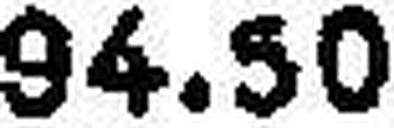
94.50